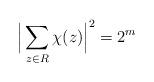
LaTeX: \begin{align*}\Big|\sum_{z\in R}\chi(z)\Big|^2=2^m\end{align*}